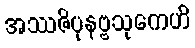
အဿဇိပုနဗ္ဗသုကေဟိ